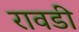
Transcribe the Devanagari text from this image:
रावडी